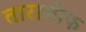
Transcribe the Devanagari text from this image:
तारासोफ